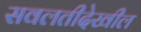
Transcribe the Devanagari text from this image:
सवलतीदेखील